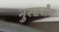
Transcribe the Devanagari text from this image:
नुस्सबौम